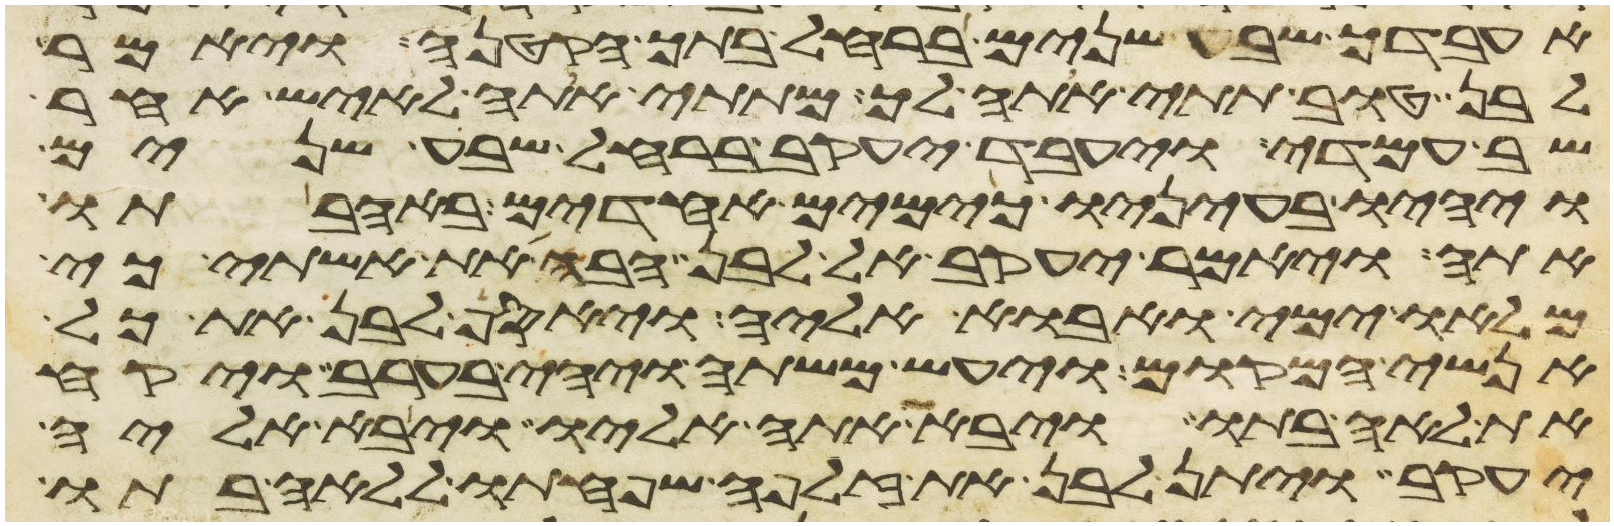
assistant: אעבדך שבע שנים ברחל בתך הקטנה ויאמר
לבן טוב תתי אתה לך מתתי אתה לאיש אחר
שב עמדי ויעבד יעקב ברחל שבע שנים
ויהיו בעיניו כימים אחדים באהבתו
אתה ויאמר יעקב אל לבן הבה את אשתי כי
מלאו ימי ואבוא אליה ויאסף לבן את כל
אנשי המקום ויעש משתה ויהי בערב ויקח
את לאה בתו ויבא אתה אליו ויבא אליה
יעקב ויתן לבן את זלפה שפחתו ללאה בתו